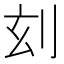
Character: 𠛑